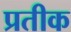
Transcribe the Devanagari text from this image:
प्रतीक